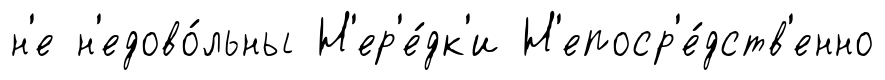
н'е н'едово́льны Н'ер'е́дк'и Н'епоср'е́дств'енно